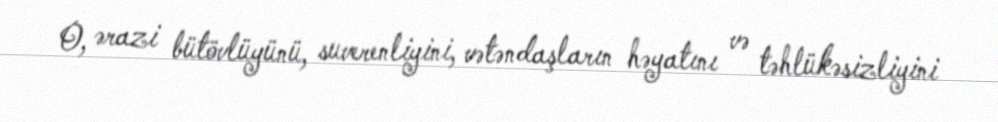
O, ərazi bütövlüyünü, suverenliyini, vətəndaşların həyatını və təhlükəsizliyini